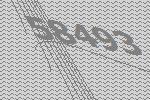
58493